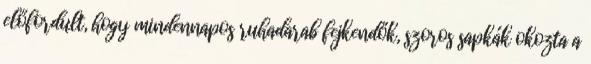
előfordult, hogy mindennapos ruhadarab fejkendők, szoros sapkák okozta a